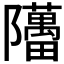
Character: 𬯥